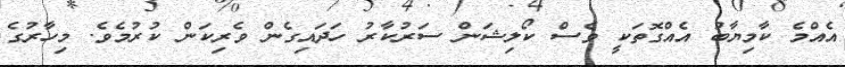
އެއްމެ ކާމިޔާބު އެއްގޮތަކީ ވެސް ކޯލިޝަން ސަރުކާރު ހަދައިގެން ވެރިކަން ކުރުމެވެ. މިހާރުގެ